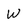
Character: W